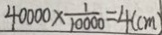
4 0 0 0 0 \times \frac { 1 } { 1 0 0 0 0 } = 4 ( c m )